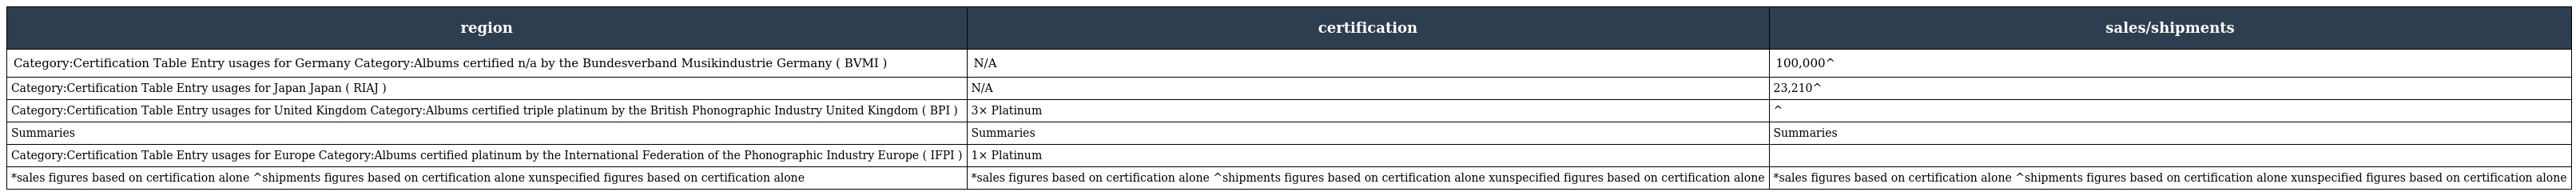
| region | certification | sales/shipments |
 | --- | --- | --- |
 | Category:Certification Table Entry usages for Germany Category:Albums certified n/a by the Bundesverband Musikindustrie Germany ( BVMI ) | N/A | 100,000^ |
 | Category:Certification Table Entry usages for Japan Japan ( RIAJ ) | N/A | 23,210^ |
 | Category:Certification Table Entry usages for United Kingdom Category:Albums certified triple platinum by the British Phonographic Industry United Kingdom ( BPI ) | 3× Platinum | ^ |
 | Summaries | Summaries | Summaries |
 | Category:Certification Table Entry usages for Europe Category:Albums certified platinum by the International Federation of the Phonographic Industry Europe ( IFPI ) | 1× Platinum |  |
 | *sales figures based on certification alone ^shipments figures based on certification alone xunspecified figures based on certification alone | *sales figures based on certification alone ^shipments figures based on certification alone xunspecified figures based on certification alone | *sales figures based on certification alone ^shipments figures based on certification alone xunspecified figures based on certification alone |